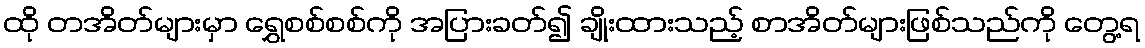
ထို တအိတ်များမှာ ရွှေစစ်စစ်ကို အပြားခတ်၍ ချိုးထားသည့် စာအိတ်များဖြစ်သည်ကို တွေ့ရ